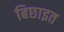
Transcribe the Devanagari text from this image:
बिछाइत